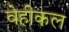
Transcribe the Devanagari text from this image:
वेहीकल